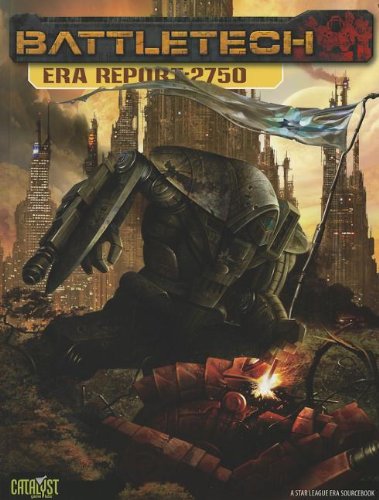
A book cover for BattleTech Era Report 2750; Catalyst Game Labs; Science Fiction & Fantasy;